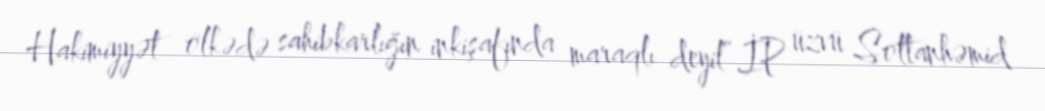
Hakimiyyət ölkədə sahibkarlığın inkişafında maraqlı deyil”.İP üzvü Soltanhəmid